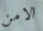
الامن